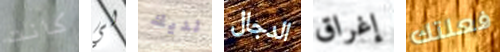
كانت لي لديك الدجال إغراق فعلتك